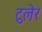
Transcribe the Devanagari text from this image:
टुलेर